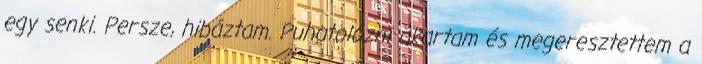
egy senki. Persze, hibáztam. Puhatolózni akartam és megeresztettem a